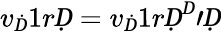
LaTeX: v_{Ḋ}1rḌ=v_{Ḋ}1rḌ^{Ḋ}\prime Ḍ